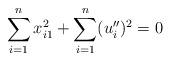
LaTeX: \begin{align*}\sum\limits_{i=1}^{n}x_{i1}^{2}+\sum\limits_{i=1}^{n}(u_{i}^{\prime \prime})^{2}=0 \end{align*}